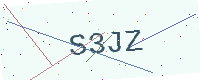
Text: S3JZ